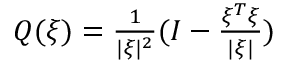
\begin{array} { r } { Q ( \xi ) = \frac { 1 } { | \xi | ^ { 2 } } ( I - \frac { \xi ^ { T } \xi } { | \xi | } ) } \end{array}